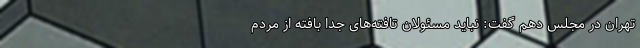
تهران در مجلس دهم گفت: نباید مسئولان تافته‌های جدا بافته از مردم